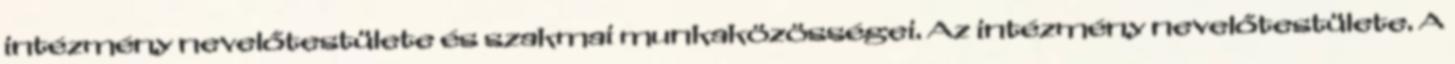
intézmény nevelőtestülete és szakmai munkaközösségei. Az intézmény nevelőtestülete. A